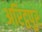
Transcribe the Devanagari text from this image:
अरिट्ठपुर